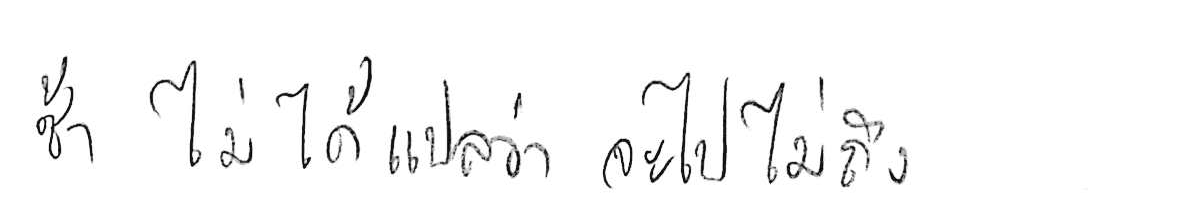
ช้า ไม่ได้แปลว่า จะไปไม่ถึง